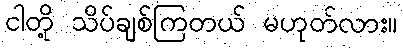
ငါတို့ သိပ်ချစ်ကြတယ် မဟုတ်လား။